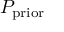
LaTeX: P _ { \mathrm { p r i o r } }